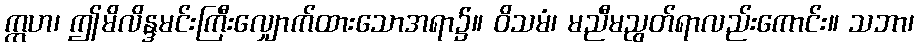
ဣဟ၊ ဤမိလိန္ဒမင်းကြီးလျှောက်ထားသောအရာ၌။ ဝိသမံ၊ မညီမညွတ်ရာလည်းကောင်း။ သဘာ၊